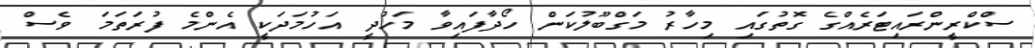
ސްކްރީންރައިޓަރެއްގެ ގޮތުގައި މިހާރު މަގްބޫލުކަން ހޯދާފައިވާ މަހުދީ އަހުމަދަކީ އެންމެ ފުރަތަމަ ވެސް